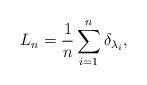
LaTeX: \begin{align*}L_n = \frac{1}{n} \sum_{i = 1}^n \delta_{\lambda_i},\end{align*}